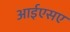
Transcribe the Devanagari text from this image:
आईएसए